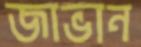
জাভান